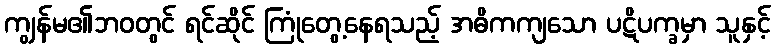
ကျွန်မ၏ဘဝတွင် ရင်ဆိုင် ကြုံတွေ့နေရသည့် အဓိကကျသော ပဋိပက္ခမှာ သူနှင့်